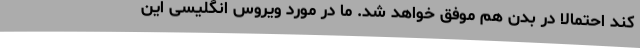
کند احتمالا در بدن هم موفق خواهد شد. ما در مورد ویروس انگلیسی این